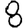
Digit: 8